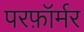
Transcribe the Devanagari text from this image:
परफ़ॉर्मर